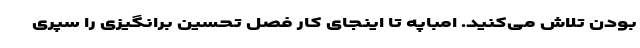
بودن تلاش می‌کنید. امباپه تا اینجای کار فصل تحسین برانگیزی را سپری